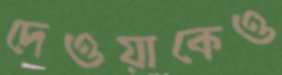
দেওয়াকেও